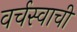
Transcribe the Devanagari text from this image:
वर्चस्वाची